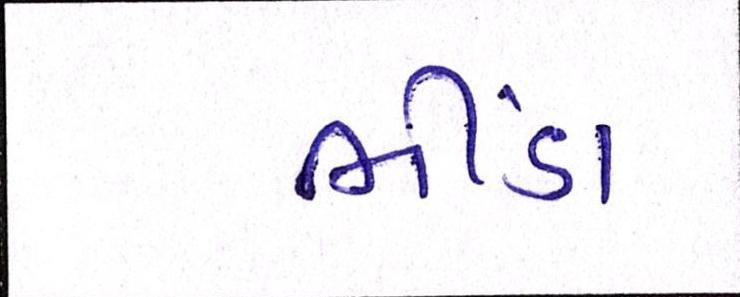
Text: ભીંડા